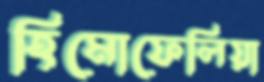
হিমোফেলিয়া